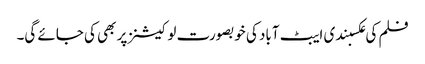
فلم کی عکسبندی ایبٹ آباد کی خوبصورت لوکیشنز پر بھی کی جائے گی۔